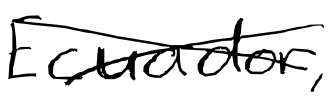
Text: Ecuador,
Cross-out: cross
Writing tool: digital_black